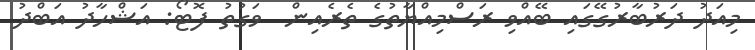
މިއަދު ދަރުބާރުގޭގައި ބޭއްވި ރަސްމިއްޔާތުގެ ތެރެއިން  ވަގުތު ފޮޓޯ: އަޝްހާދު އަބްދު